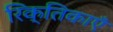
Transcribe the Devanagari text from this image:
रिक्तिकाएँ